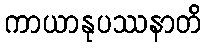
ကာယာနုပဿနာတိ